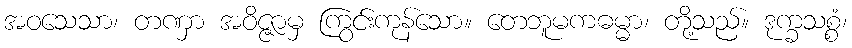
အဝသေသာ၊ တဏှာ အဝိဇ္ဇာမှ ကြွင်းကုန်သော။ တေဘူမကဓမ္မာ၊ တို့သည်။ ဒုက္ခသစ္စံ၊